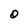
Character: O